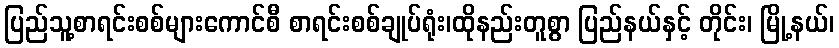
ပြည်သူ့စာရင်းစစ်များကောင်စီ စာရင်းစစ်ချုပ်ရုံး၊ထိုနည်းတူစွာ ပြည်နယ်နှင့် တိုင်း၊ မြို့နယ်၊